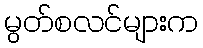
မွတ်စလင်များက